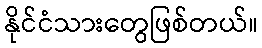
နိုင်ငံသားတွေဖြစ်တယ်။